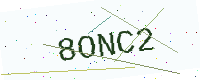
Text: 8ONC2